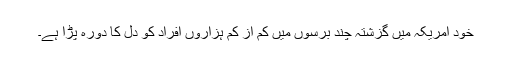
خود امریکہ میں گزشتہ چند برسوں میں کم از کم ہزاروں افراد کو دل کا دورہ پڑا ہے۔